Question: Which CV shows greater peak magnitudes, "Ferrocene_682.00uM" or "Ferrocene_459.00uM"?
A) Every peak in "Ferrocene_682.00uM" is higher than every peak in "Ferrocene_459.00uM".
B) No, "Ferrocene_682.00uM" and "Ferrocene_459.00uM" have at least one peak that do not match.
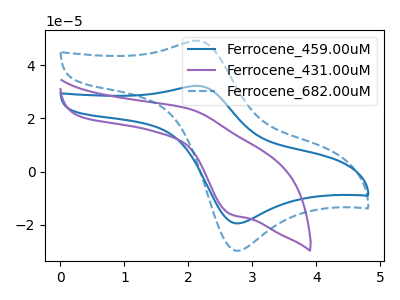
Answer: <think>The blue curve "Ferrocene_459.00uM" has an anodic peak at (2.15V, 32.30uA) and a cathodic peak at (2.80V, -19.55uA). The purple curve "Ferrocene_431.00uM" has an anodic peak at (2.00V, 23.70uA) and a cathodic peak at (2.65V, -16.00uA). The blue dashed curve "Ferrocene_682.00uM" has an anodic peak at (2.15V, 49.35uA) and a cathodic peak at (2.80V, -29.90uA).</think>
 <answer>A) Every peak in "Ferrocene_682.00uM" is higher than every peak in "Ferrocene_459.00uM".</answer>
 <eval>A</eval>